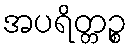
အပရိတ္တဉ္စ